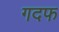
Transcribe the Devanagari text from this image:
गदफ